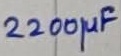
Text: 2200µF